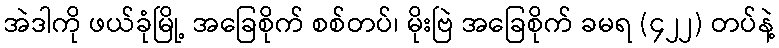
အဲဒါကို ဖယ်ခုံမြို့ အခြေစိုက် စစ်တပ်၊ မိုးဗြဲ အခြေစိုက် ခမရ (၄၂၂) တပ်နဲ့